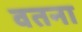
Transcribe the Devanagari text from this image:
वतना